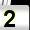
Digit: 2